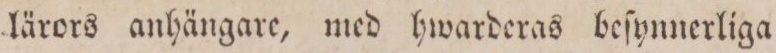
lärors anhängare, med hwarderas beſynnerliga